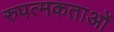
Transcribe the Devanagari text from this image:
रुपत्मकताओं